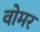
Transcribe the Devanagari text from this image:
वोमर